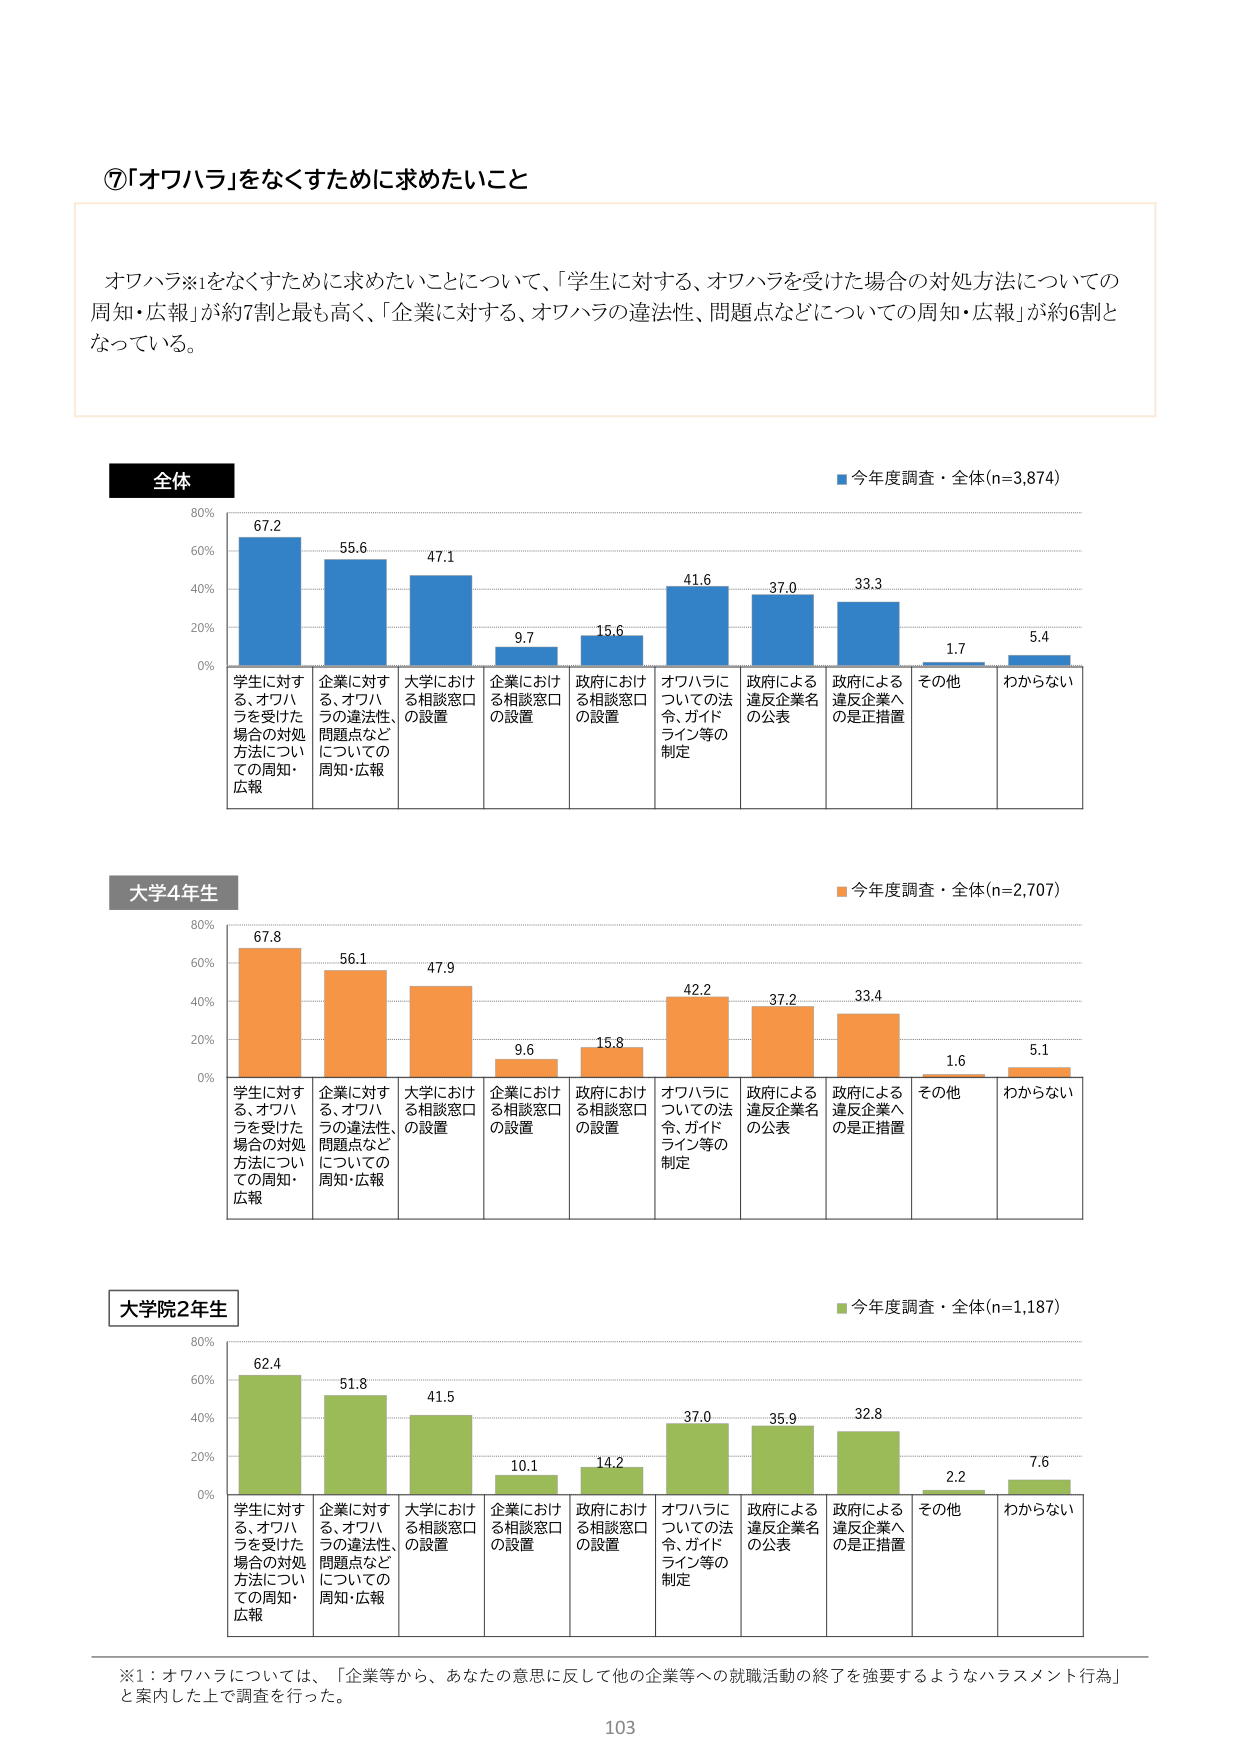
⑦「オワハラ」をなくすために求めたいこと

オワハラ※1をなくすために求めたいことについて、「学生に対する、オワハラを受けた場合の対処方法についての周知・広報」が約7割と最も高く、「企業に対する、オワハラの違法性、問題点などについての周知・広報」が約6割となっている。

全体
■今年度調査・全体(n=3,874)
67.2
55.6
47.1
9.7
15.6
41.6
37.0
33.3
1.7
5.4
学生に対する、オワハラを受けた場合の対処方法についての周知・広報
企業に対する、オワハラの違法性、問題点などについての周知・広報
大学における相談窓口の設置
企業における相談窓口の設置
政府における相談窓口の設置
オワハラについての法令、ガイドライン等の制定
政府による違反企業名の公表
政府による違反企業への是正措置
その他
わからない

大学4年生
■今年度調査・全体(n=2,707)
67.8
56.1
47.9
9.6
15.8
42.2
37.2
33.4
1.6
5.1
学生に対する、オワハラを受けた場合の対処方法についての周知・広報
企業に対する、オワハラの違法性、問題点などについての周知・広報
大学における相談窓口の設置
企業における相談窓口の設置
政府における相談窓口の設置
オワハラについての法令、ガイドライン等の制定
政府による違反企業名の公表
政府による違反企業への是正措置
その他
わからない

大学院2年生
■今年度調査・全体(n=1,187)
62.4
51.8
41.5
10.1
14.2
37.0
35.9
32.8
2.2
7.6
学生に対する、オワハラを受けた場合の対処方法についての周知・広報
企業に対する、オワハラの違法性、問題点などについての周知・広報
大学における相談窓口の設置
企業における相談窓口の設置
政府における相談窓口の設置
オワハラについての法令、ガイドライン等の制定
政府による違反企業名の公表
政府による違反企業への是正措置
その他
わからない

※1：オワハラについては、「企業等から、あなたの意思に反して他の企業等への就職活動の終了を強要するようなハラスメント行為」と案内した上で調査を行った。

103